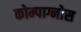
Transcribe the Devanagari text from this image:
कोम्पाग्नोस